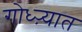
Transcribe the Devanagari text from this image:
गोध्ऱ्यात